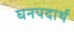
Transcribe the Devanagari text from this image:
घनपदार्थ